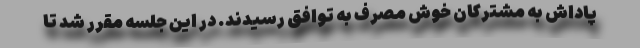
پاداش به مشترکان خوش مصرف به توافق رسیدند. در این جلسه مقرر شد تا